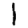
Digit: 1